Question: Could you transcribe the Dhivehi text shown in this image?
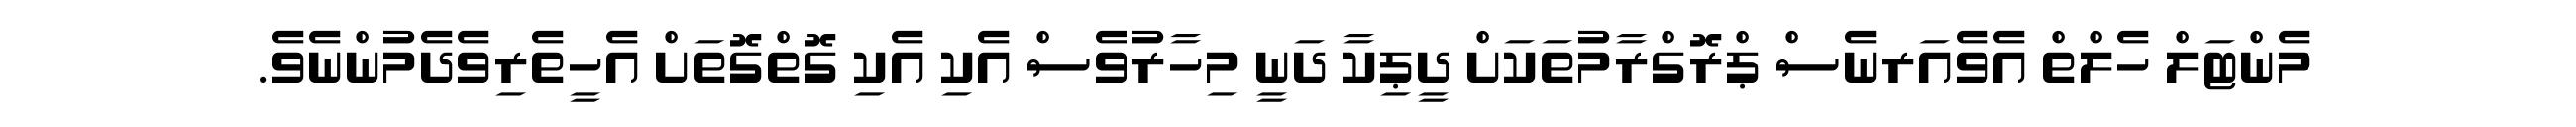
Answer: މެންޓަލް ހެލްތް އެވެއަރނެސް ޕްރޮގްރާމުތަކަށް ދީޕިކާ ދަނީ މިހާރުވެސް އެކި އެކި ގޮތްގޮތަށް އެހީތެރިވެދެމުންނެވެ.